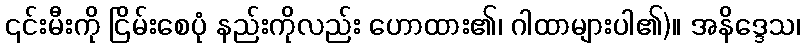
၎င်းမီးကို ငြိမ်းစေပုံ နည်းကိုလည်း ဟောထား၏၊ ဂါထာများပါ၏)။ အနိဒ္ဒေသ၊